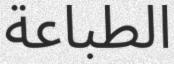
الطباعة